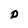
Character: p